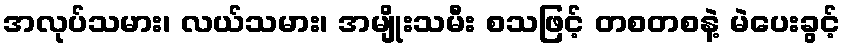
အလုပ်သမား၊ လယ်သမား၊ အမျိုးသမီး စသဖြင့် တစတစနဲ့ မဲပေးခွင့်